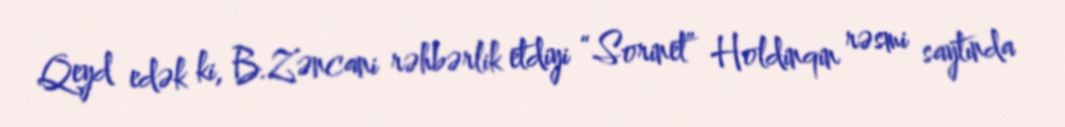
Qeyd edək ki, B.Zəncani rəhbərlik etdiyi “Sorinet” Holdinqin rəsmi saytında